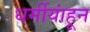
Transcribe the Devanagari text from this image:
धर्मीयांहून